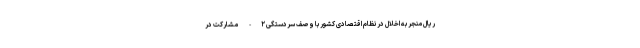
ریال منجر به اخلال در نظام اقتصادی کشور با وصف سردستگی ۲- مشارکت در